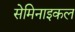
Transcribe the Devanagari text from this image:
सेमिनाइकल